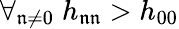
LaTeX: \forall_{\mathfrak{n}\ne 0}\; h_{\mathfrak{n}\mathfrak{n}}>h_{00}